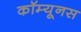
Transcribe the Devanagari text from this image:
कॉम्यूनस